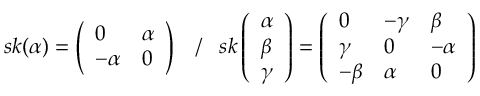
s k ( \alpha ) = \left( \begin{array} { l l } { 0 } & { \alpha } \\ { - \alpha } & { 0 } \end{array} \right) \; \; \; / \; \; \; s k \left( \begin{array} { l } { \alpha } \\ { \beta } \\ { \gamma } \end{array} \right) = \left( \begin{array} { l l l } { 0 } & { - \gamma } & { \beta } \\ { \gamma } & { 0 } & { - \alpha } \\ { - \beta } & { \alpha } & { 0 } \end{array} \right)